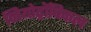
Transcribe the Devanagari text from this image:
नियोट्रॉपिकल